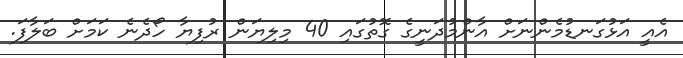
އެއީ އަޅުގަނޑުމެންނަށް އާންމުދަނީގެ ގޮތުގައި 40 މިލިޔަން ރުފިޔާ ހޯދެނެ ކަމަށް ބަލާފަ.